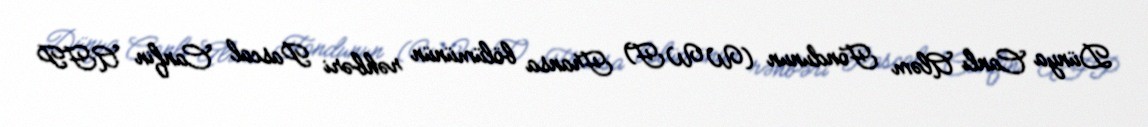
Dünya Canlı Aləm Fondunun (WWF) Fransa bölümünün rəhbəri Pascal Canfin AFP